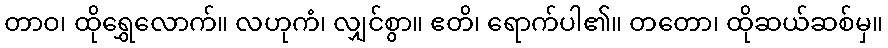
တာဝ၊ ထိုရွှေလောက်။ လဟုကံ၊ လျှင်စွာ။ ဧတိ၊ ရောက်ပါ၏။ တတော၊ ထိုဆယ်ဆစ်မှ။